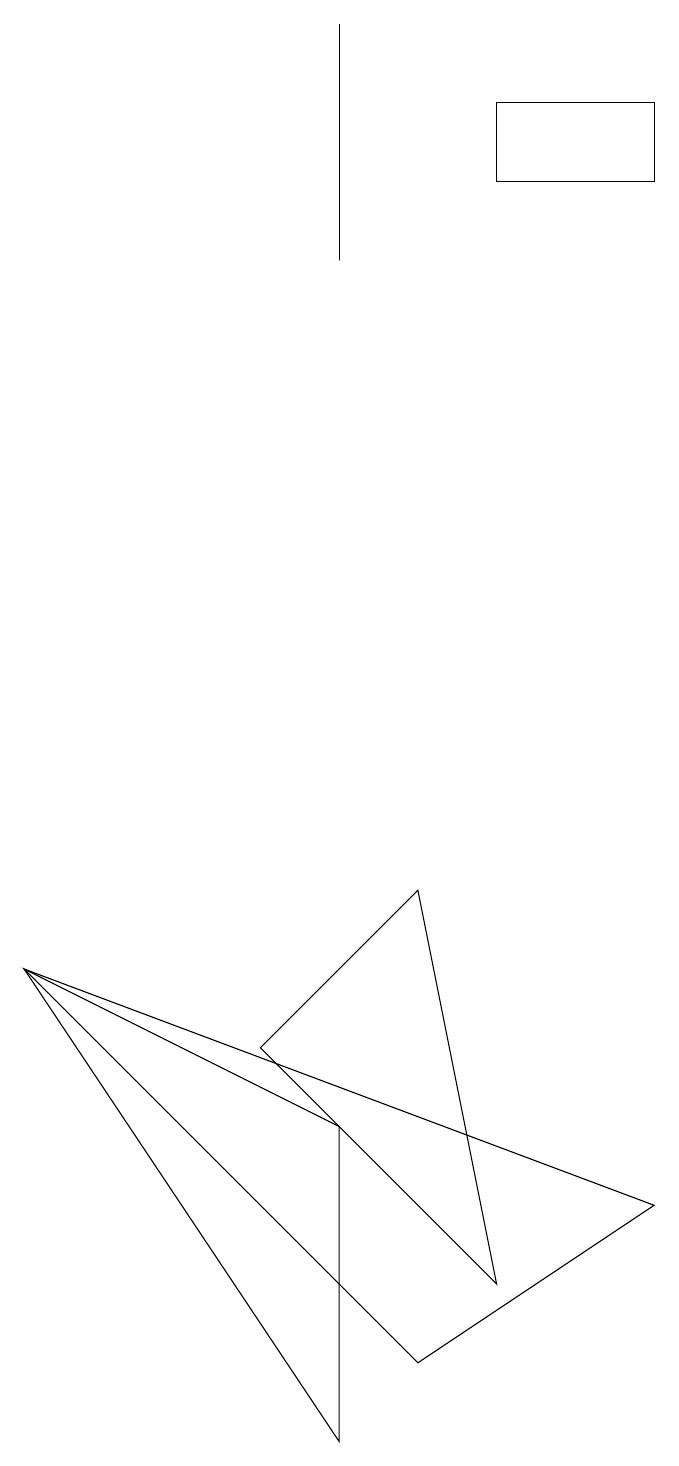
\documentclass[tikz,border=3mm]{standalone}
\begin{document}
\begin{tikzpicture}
\draw (3,5) -- (5,7) -- (6,2) -- cycle;
\draw (8,16) rectangle (6,17);
\draw (8,3) -- (5,1) -- (0,6) -- cycle;
\draw (4,15) rectangle (4,18);
\draw (0,6) -- (4,4) -- (4,0) -- cycle;
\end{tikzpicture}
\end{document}